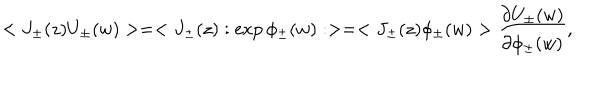
< J _ { \pm } ( z ) U _ { \pm } ( w ) > = < J _ { \pm } ( z ) : \exp \phi _ { \pm } ( w ) : > = < J _ { \pm } ( z ) \phi _ { \pm } ( w ) > \frac { \partial U _ { \pm } ( w ) } { \partial \phi _ { \pm } ( w ) } ,